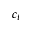
c _ { t }